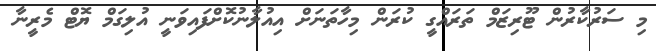
މި ސަރުކާރުން ޓޫރިޒަމް ތަރައްގީ ކުރަން މިހާތަނަށް އިއުލާނުކޮށްފައިވަނީ އުލިގަމް ޔޮޓް މެރީނާ